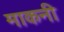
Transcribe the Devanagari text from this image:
माकनी